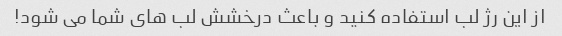
از این رژ لب استفاده کنید و باعث درخشش لب های شما می شود!